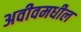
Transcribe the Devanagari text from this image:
अवीवमधील